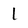
Character: l